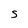
Character: S